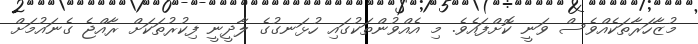
މުޒާހަރާތަކެއްވެސް ވަނީ ކޮށްފައެވެ. މި އެއްވުންތަކުގައި ހުޅަނގުގެ ލާދީނީ ފިކުރުތަކަށް ރާއްޖެ ގެނައުމަށް